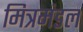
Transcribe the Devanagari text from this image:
मित्रमंडल